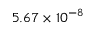
5 . 6 7 \times 1 0 ^ { - 8 }